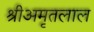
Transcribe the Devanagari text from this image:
श्रीअमृतलाल